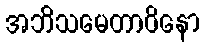
အဘိသမေတာဝိနော